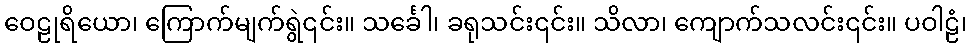
ဝေဠုရိယော၊ ကြောက်မျက်ရွဲ၎င်း။ သင်္ခေါ၊ ခရုသင်း၎င်း။ သိလာ၊ ကျောက်သလင်း၎င်း။ ပဝါဠံ၊